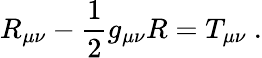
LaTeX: R_{\mu\nu}-{\frac{1}{2}}g_{\mu\nu}R=T_{\mu\nu}\ .